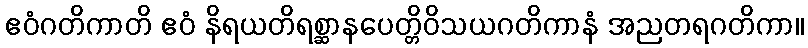
ဧဝံဂတိကာတိ ဧဝံ နိရယတိရစ္ဆာနပေတ္တိဝိသယဂတိကာနံ အညတရဂတိကာ။